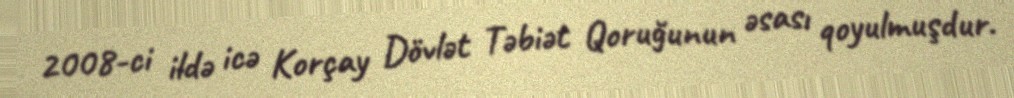
2008-ci ildə icə Korçay Dövlət Təbiət Qoruğunun əsası qoyulmuşdur.